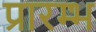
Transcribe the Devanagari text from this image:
प्रारम्भ